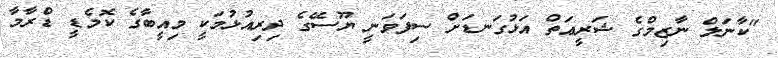
"ކާނަލް ނާޒިމްގެ ޝަރީޢަތް އަޅުގަނޑަށް ސިފަވަނީ ޔޫސޭގެ ދިރިއުޅުމަކީ މިއީބާގެ ކޮމެޑީ ޑްރާމާ